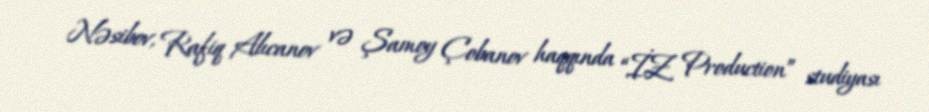
Nəsibov, Rafiq Alıcanov və Şamoy Çobanov haqqında “İZ Production” studiyası